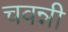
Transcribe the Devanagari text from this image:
चवन्नी